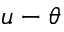
u - \theta